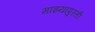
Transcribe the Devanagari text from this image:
माझ्यापुरती